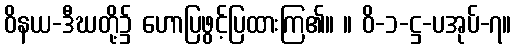
ဝိနယ-ဒီဃတို့၌ ဟောပြဖွင့်ပြထားကြ၏။ ။ ဝိ-၁-ဋ္ဌ-ပအုပ်-၇။